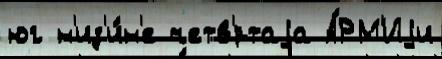
юг н'из'и́н'е четв'́ртаjа А́РМ'Иjи